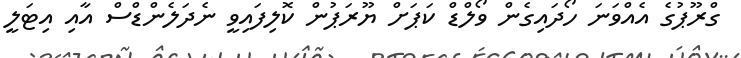
ގްރޫޕުގެ އެއްވަނަ ހޯދައިގެން ވޯލްޑް ކަޕަށް ޔޫރަޕުން ކޮލިފައިވީ ނެދަލެންޑްސް އާއި އިޓަލީ